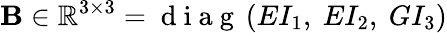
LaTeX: \mathbf{B}\in\mathbb{R}^{3\times 3}=\mathrm{~d~i~a~g~}\left(E{I}_{1},~E{I}_{2},~G{I}_{3}\right)